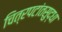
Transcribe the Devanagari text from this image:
चित्रपटांतसुद्धा